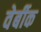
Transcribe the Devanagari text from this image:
वेर्बीक